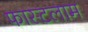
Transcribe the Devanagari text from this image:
फास्टलाम